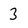
Character: 3